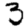
Digit: 3